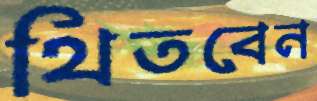
থিতবেন